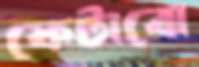
ফেটাবো